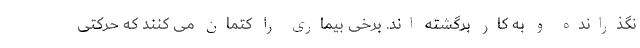
نگذرانده و به کار برگشته اند. برخی بیماری را کتمان می کنند که حرکتی